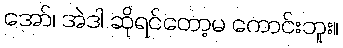
အော်၊ အဲဒါ ဆိုရင်တော့မ ကောင်းဘူး။